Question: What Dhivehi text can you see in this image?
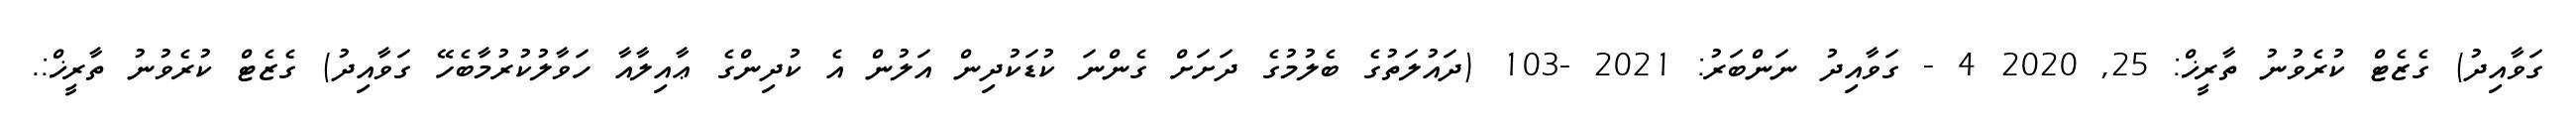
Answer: ގަވާއިދު) ގެޒެޓް ކުރެވުނު ތާރީޚް: 25, 2020 4 - ގަވާއިދު ނަންބަރު: 2021 -103 (ދައުލަތުގެ ބެލުމުގެ ދަށަށް ގެންނަ ކުޑަކުދިން އަލުން އެ ކުދިންގެ ޢާއިލާއާ ހަވާލުކުރުމާބެހޭ ގަވާއިދު) ގެޒެޓް ކުރެވުނު ތާރީޚް:.